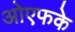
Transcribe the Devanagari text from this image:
ओएफके